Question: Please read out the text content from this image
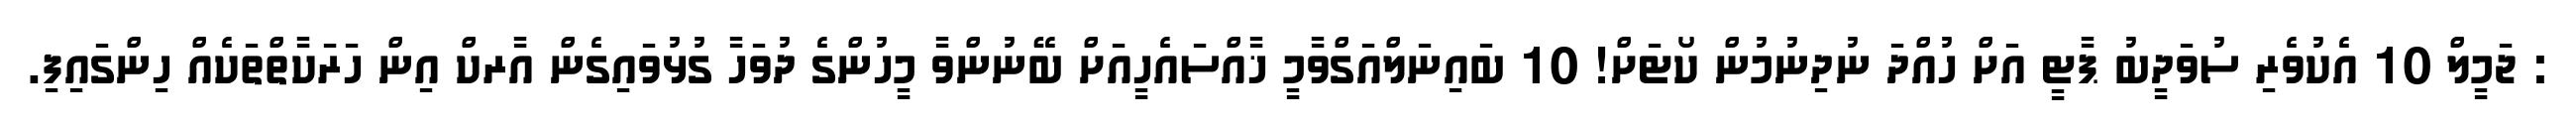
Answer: : ޖަމީލް 10 އެކުވެރި ސުވަދީބު ޕާޓީ އަށް ހުއްދަ ނުދިނުމުން ކޯޓަށް! 10 ބައިނަލްއަގްވާމީ ޚާއްސައެހީއަށް ބޭނުންވާ މީހުންގެ ދުވަހާ ގުޅުވައިގެން އާރކް އިން ހަރަކާތްތަކެއް ހިންގައިފި.